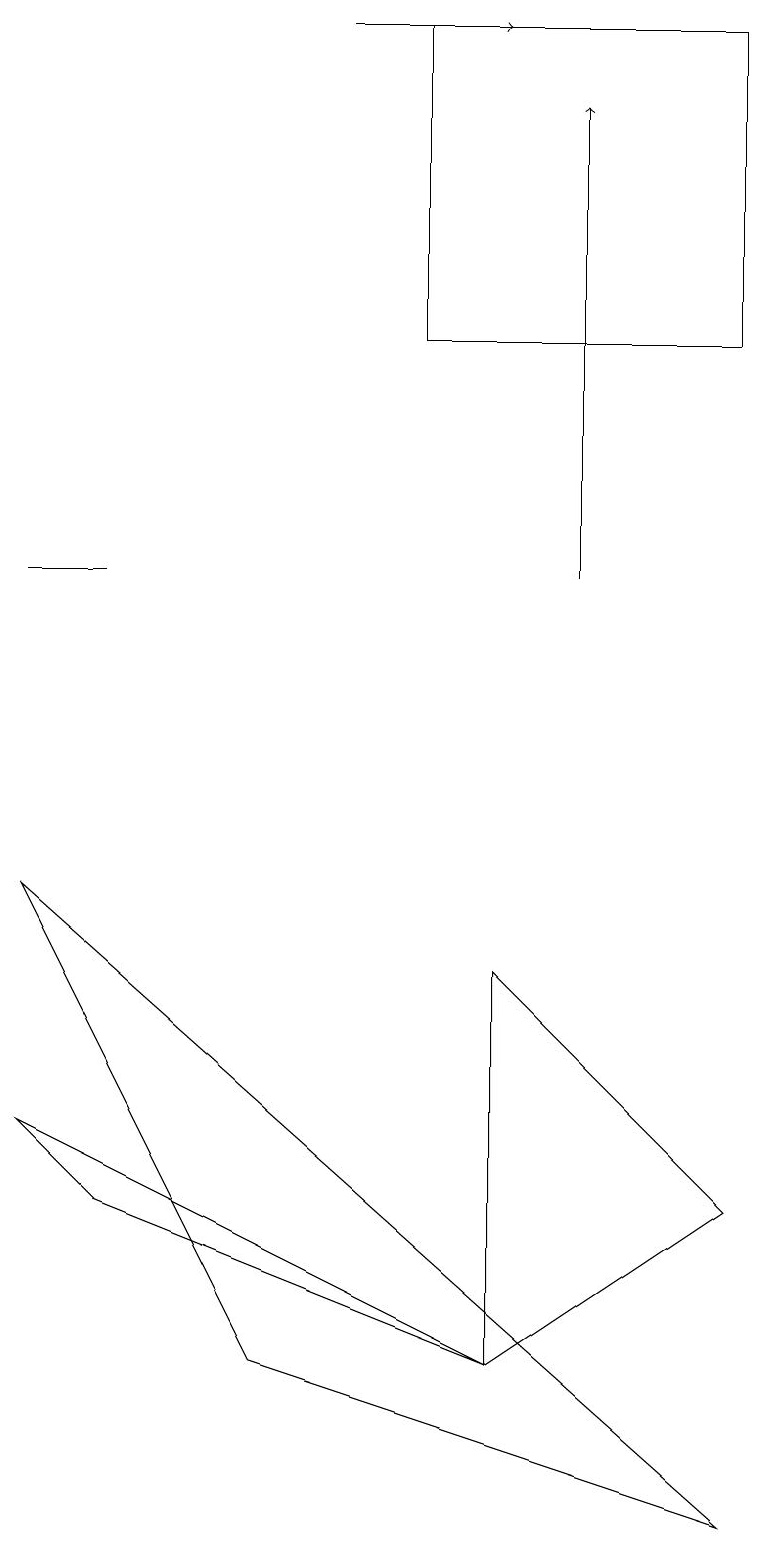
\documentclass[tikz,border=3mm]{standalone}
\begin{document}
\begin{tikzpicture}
\draw (9,4) -- (6,7) -- (6,2) -- cycle;
\draw[->] (4,19) -- (6,19);
\draw (1,4) -- (0,5) -- (6,2) -- cycle;
\draw (1,12) rectangle (0,12);
\draw[->] (7,12) -- (7,18);
\draw (3,2) -- (9,0) -- (0,8) -- cycle;
\draw (9,15) rectangle (5,19);
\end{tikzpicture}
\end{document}